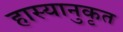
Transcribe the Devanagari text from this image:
हास्यानुकृत